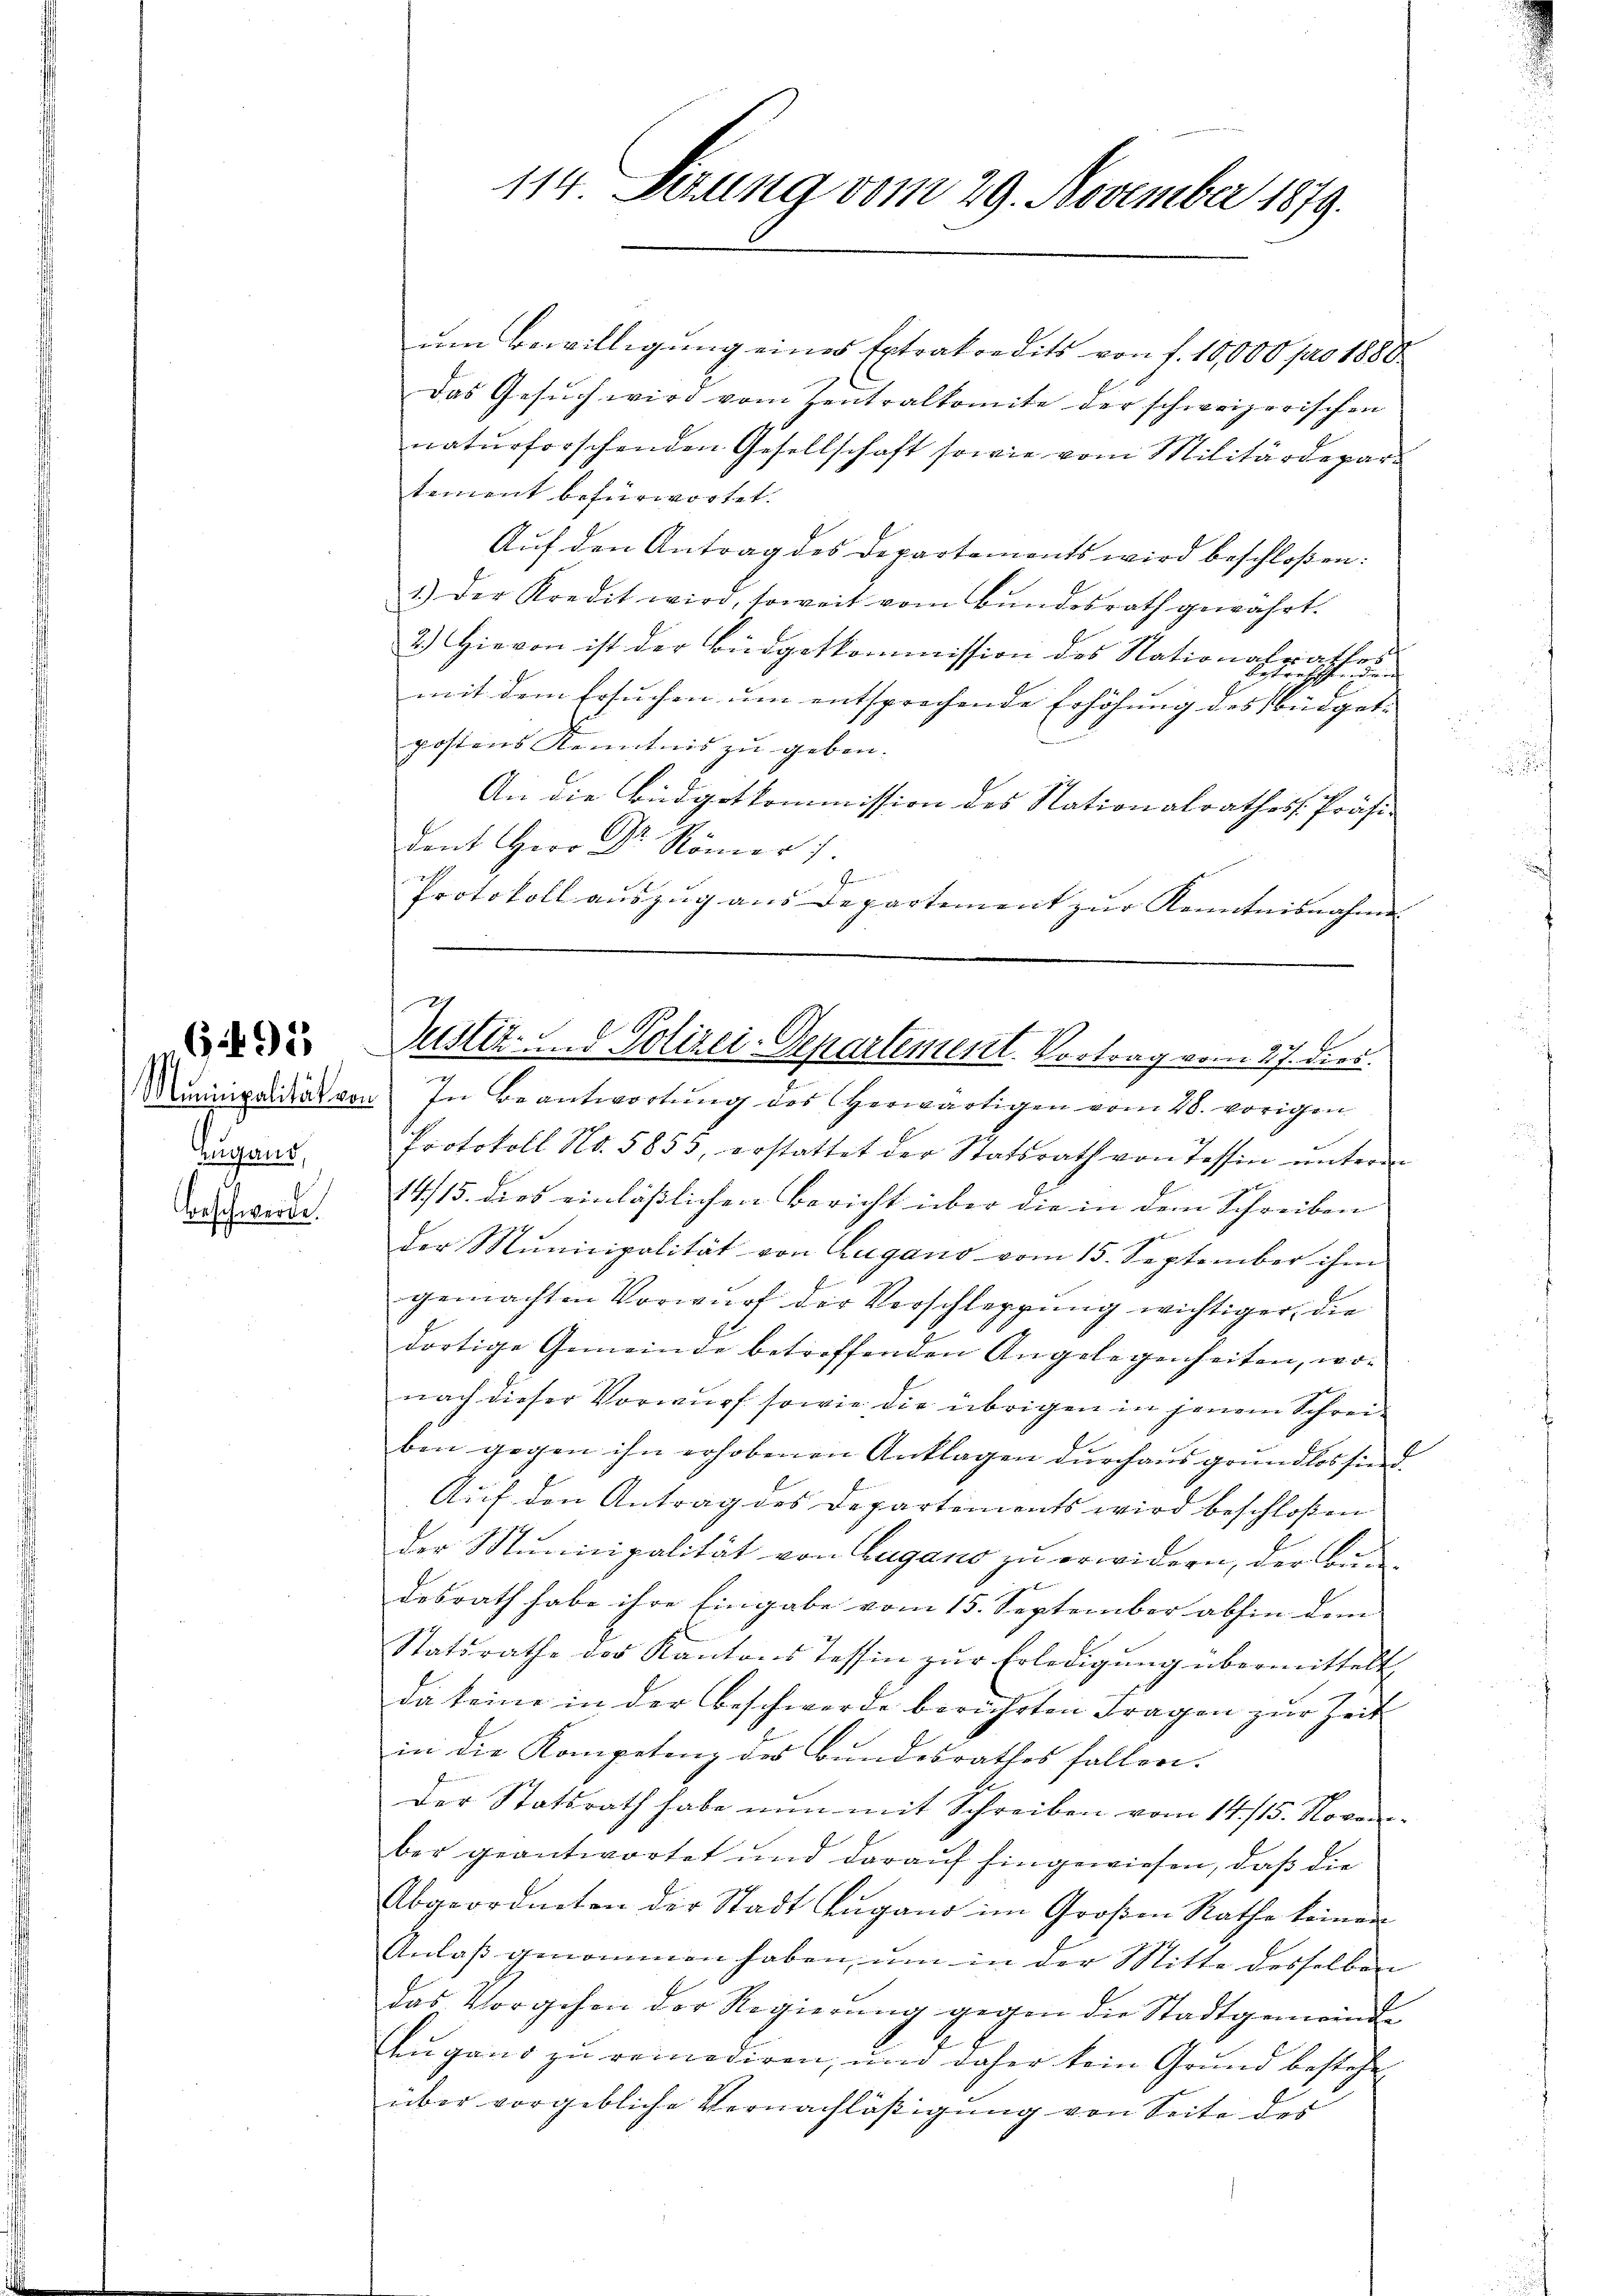
jugens,
Beschwerde.

6495

114 Sizung vom 29. November 1879.

um Bewilligung eines Extrakredits von f. 10,000 pro 1880
Das Gesŭch wird vom Zentralkomite der schweizerischen
naturforschenden Gesellschaft sowie vom Militärdepar-
tement befürwortet.
Auf den Antrag des Departements wird beschloßen:
1.) Der Kredit wird, soweit vom Bŭndesrath gewahrt.
2.) Hievon ist der Büdgetkommission des Nationalrathes
mit dem Ersuchen um entsprechende Erhöhung des bürgerpostens Kenntnis zu geben. |
An die Budgetkommission des Nationalrathes Präsi-
dant Herr Dr Römer 7.
.
Protokoll auszug aus Departement zur Kenntnisnahme

6
Justiz- und Polizei-Departement. Vortrag vom 17. dies

Municipaldies von In Beantwortung des herwärtigen vom 28. vorigen
Protokoll No. 5853, erstattet der Statsrath von Tessin ŭnterm
14/15. dies einläßlichen Bericht über die in dem Schreiben
der Municipalität von Zugano vom 15. September ihm
gemachten Vorwurf der Verschleppung wichtiger, die
dortige Gemeinde betroffenden Angelegenheiten, wonach dieser Vorwurf sowie die übrigen in jenem Schreiben gegen ihn erhobenen Anklagen durchaus grundlos sind.
Aŭf den Antrag des Departements wird beschloßen
der Municipalität von Lugano zu erwidern, der Bundesrath habe ihre Eingabe vom 15. September abhin dem |
Statsrathe der Kantons Tessin zŭr Erledigŭng übermittelt,
da keine in der Beschwerde berührten Fragen zur Zeit
in die Kompetenz des Bundesrathes fallen.
Der Statsrath habe nun mit Schreiben vom 14. 115. November geantwortet und darauf hingewiesen, daß die
Abgeordneten der Stadt Zŭgand im Großen Rathe keinen
Anlaß genommen haben, um in der Mitte desselben
das Vorgehen der Regierŭng gegen die Stadtgemeinde
Eugano zu reinodiren, und daher kein Grund bestehe
über vorgebliche Vernachläßigung von Seite des